Scottish Certificate of Education, 1963
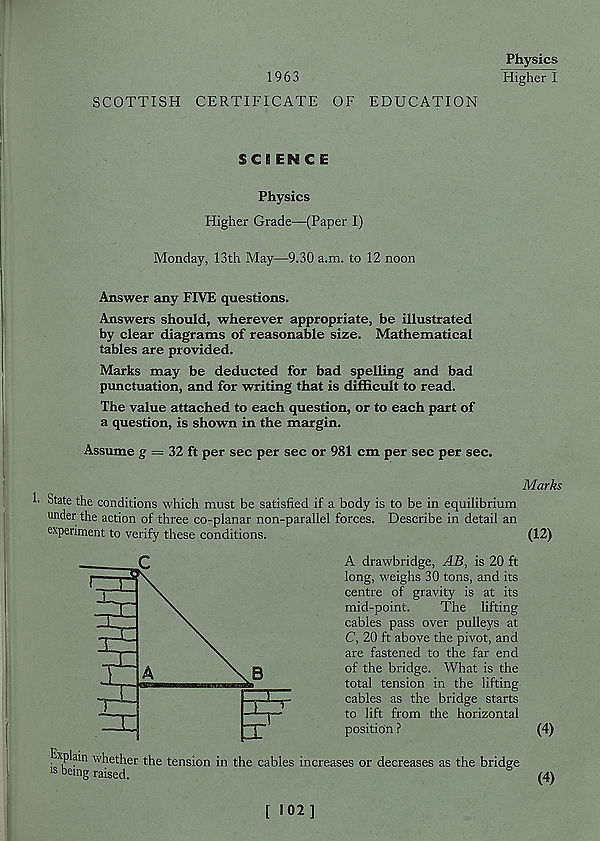
1963
SCOTTISH CERTIFICATE OF EDUCATION
Physics
Higher I
SC S EN C E
Physics
Higher Grade—(Paper I)
Monday, 13th May—9.30 a.m. to 12 noon
Answer any FIVE questions.
Answers should, wherever appropriate, be illustrated
by clear diagrams of reasonable size. Mathematical
tables are provided.
Marks may be deducted for bad spelling and bad
punctuation, and for writing that is difficult to read.
The value attached to each question, or to each part of
a question, is shown in the margin.
Assume g = 32 ft per sec per sec or 981 cm per sec per sec.
Marks
State the conditions which must be satisfied if a body is to be in equilibrium
under the action of three co-planar non-parallel forces. Describe in detail an
experiment to verify these conditions.
(12)
A drawbridge, AB, is 20 ft
long, weighs 30 tons, and its
centre of gravity is at its
mid-point.
The lifting
cables pass over pulleys at
C, 20 ft above the pivot, and
are fastened to the far end
of the bridge. What is the
total tension in the lifting
cables as the bridge starts
to lift from the horizontal
position ?
Explain whether the tension in the cables increases or decreases as the bridge
is being raised.
(4)
(4)
[ 102)